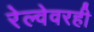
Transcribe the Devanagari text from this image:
रेल्वेवरही